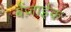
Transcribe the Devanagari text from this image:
बेंज़ाईक